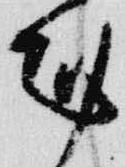
剋